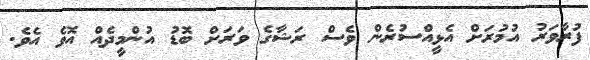
ފުރާވަރު އުމުރަށް އެޅީއްސުރެން ވެސް ރަޝާގެ ވަރަށް ބޮޑު އުންމީދެއް އޮވެ އެވެ.